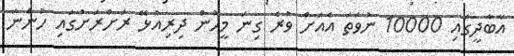
އާބާދީގައި 10000 ނުވަތަ އެއަށް ވުރެ ގިނަ މީހުން ދިރިއުޅޭ ރަށްރަށުގައި ހުންނަ